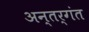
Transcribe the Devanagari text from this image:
अन्तर्गंत